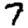
Digit: 7